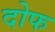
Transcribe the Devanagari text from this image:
दोफ